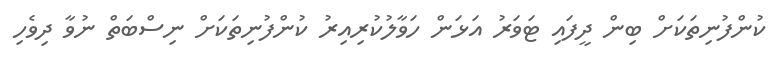
ކުންފުނިތަކަށް ބިން ދީފައި ޓަވަރު އަޅަން ހަވާލުކުރިއިރު ކުންފުނިތަކަށް ނިސްބަތް ނުވާ ދިވެހި